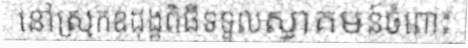
នៅស្រុកឧដុង្គពិធីទទួលស្វាគមន៍ចំពោះ